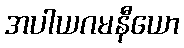
အပါယဂမနီယော